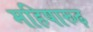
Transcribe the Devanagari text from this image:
महिषारूढ़